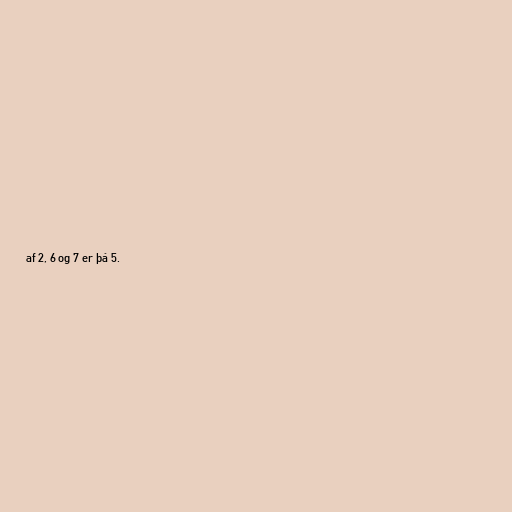
af 2, 6 og 7 er þá 5.